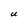
Character: U